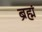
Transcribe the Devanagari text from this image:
ब्रह्मं